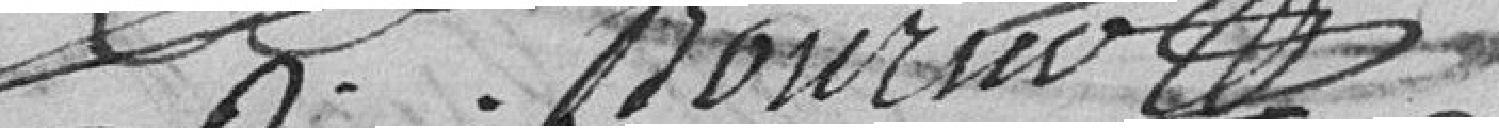
Boursier